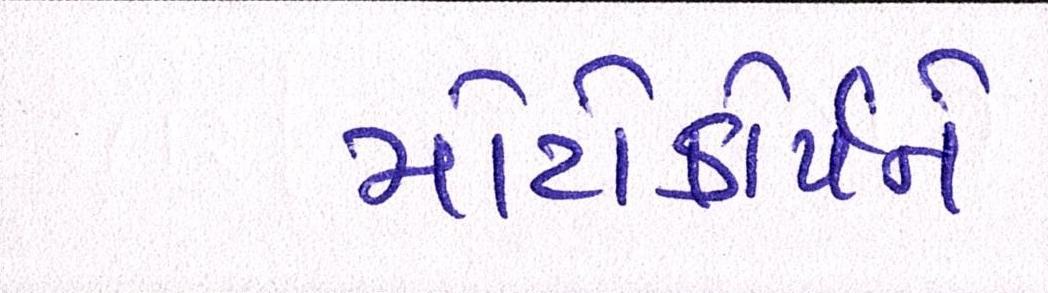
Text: મોટોકોર્પને